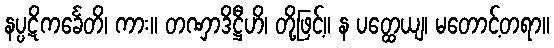
နပ္ပဋိကင်္ခေတိ၊ ကား။ တဏှာဒိဋ္ဌီဟိ၊ တို့ဖြင့်။ န ပတ္ထေယျ၊ မတောင့်တရာ။